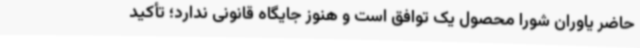
حاضر یاوران شورا محصول یک توافق است و هنوز جایگاه قانونی ندارد؛ تأکید